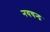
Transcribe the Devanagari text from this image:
नयचन्द्र